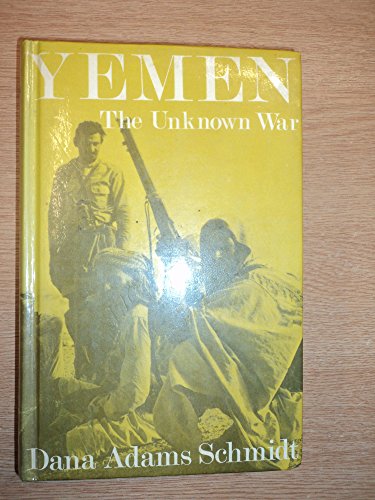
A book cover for Yemen: The Unknown War; D.A. Schmidt; History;